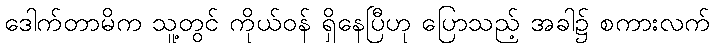
ဒေါက်တာမိက သူ့တွင် ကိုယ်ဝန် ရှိနေပြီဟု ပြောသည့် အခါ၌ စကားလက်